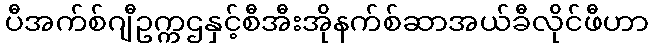
ပီအက်စ်ဂျီဥက္ကဌနှင့်စီအီးအိုနက်စ်ဆာအယ်ခီလိုင်ဖီဟာ